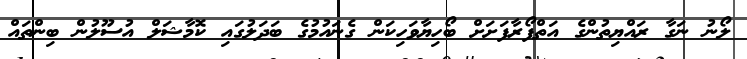
ލޯނު ނަގާ ރައްޔިތުންގެ އަތްފޯރާފަށަށް ބޯހިޔާވަހިކަން ގެނައުމުގެ ބަދަލުގައި ކޮމާޝަލް އުސޫލުން ބިންތައް